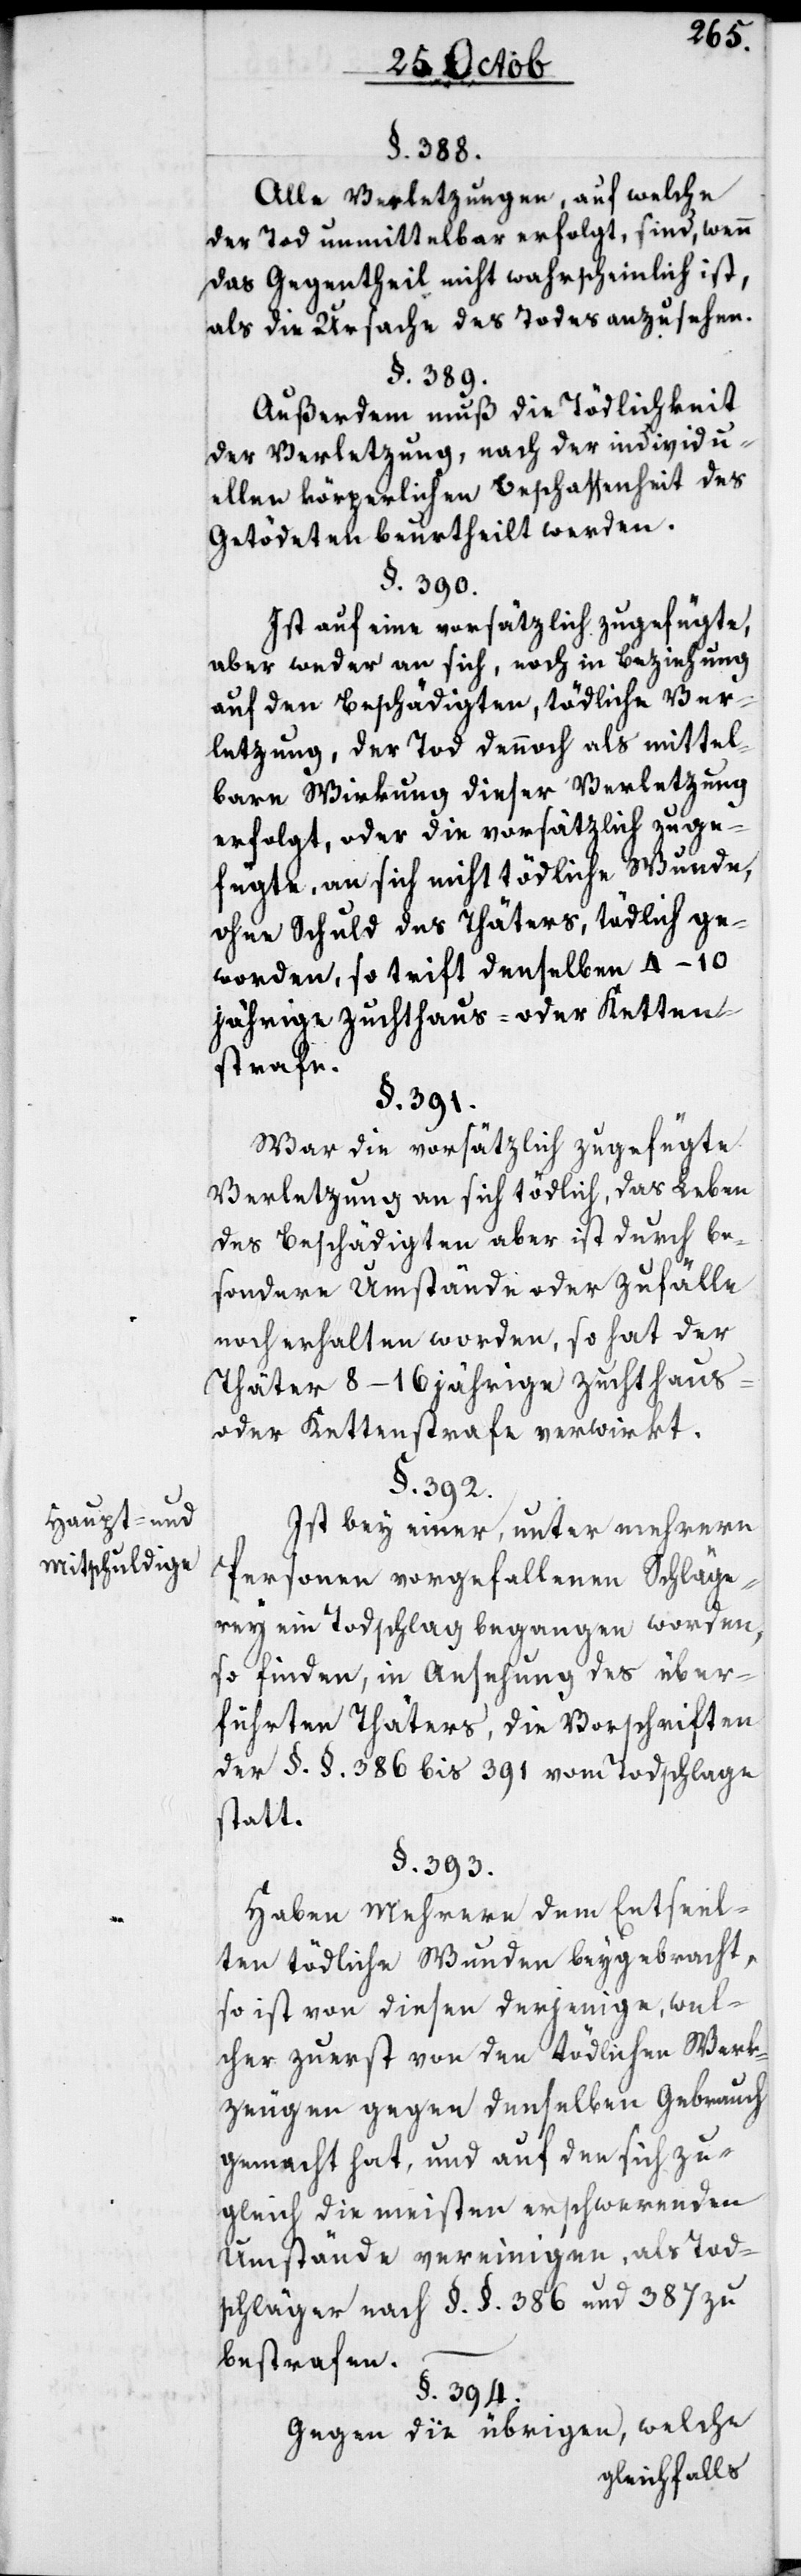
Haupt- und
Mitschuldige.

§. 388.
Alle Verletzungen, auf welche
der Tod unmittelbar erfolgt, sind, wenn
das Gegentheil nicht wahrscheinlich ist,
als die Ursache des Todes anzusehen.
§. 389.
Außerdem muß die Tödlichkeit
der Verletzung, nach der individu¬
ellen körperlichen Beschaffenheit des
Getödeten beurtheilt werden.
§. 390.
Ist auf eine vorsätzlich zugefügte,
aber weder an sich noch in Beziehung
auf den Beschädigten, tödliche Ver¬
letzung, der Tod dennoch als mittel¬
bare Wirkung dieser Verletzung
erfolgt, oder die vorsätzlich zuge¬
fügte, an sich nicht tödliche Wunde,
ohne Schuld des Thäters, tödlich ge¬
worden, so trift denselben 4–10
jährige Zuchthaus- oder Ketten¬
strafe.
§. 391.
War die vorsätzlich zugefügte
Verletzung an sich tödlich, das Leben
des Beschädigten aber ist durch be¬
sondere Umstände oder Zufälle
noch erhalten worden, so hat der
Thäter 8–16 jährige Zuchthaus-
oder Kettenstrafe verwirkt.
§. 392.
Ist bey einer, unter mehrern
Personen vorgefallenen Schläge¬
rey ein Todschlag begangen worden,
so finden, in Ansehung des über¬
führten Thäters, die Vorschriften
der §. §. 386 bis 391 vom Todschlage
statt.
§. 393.
Haben mehrere dem Entseel¬
ten tödliche Wunden beygebracht,
so ist von diesen derjenige, wel¬
cher zuerst von den tödlichen Werk¬
zeugen gegen denselben Gebrauch
gemacht hat, und auf den sich zu¬
gleich die meisten erschwerenden
Umstände vereinigen, als Tod¬
schläger nach §. §. 386 und 387 zu
bestrafen.
§. 394.
Gegen die übrigen, welche